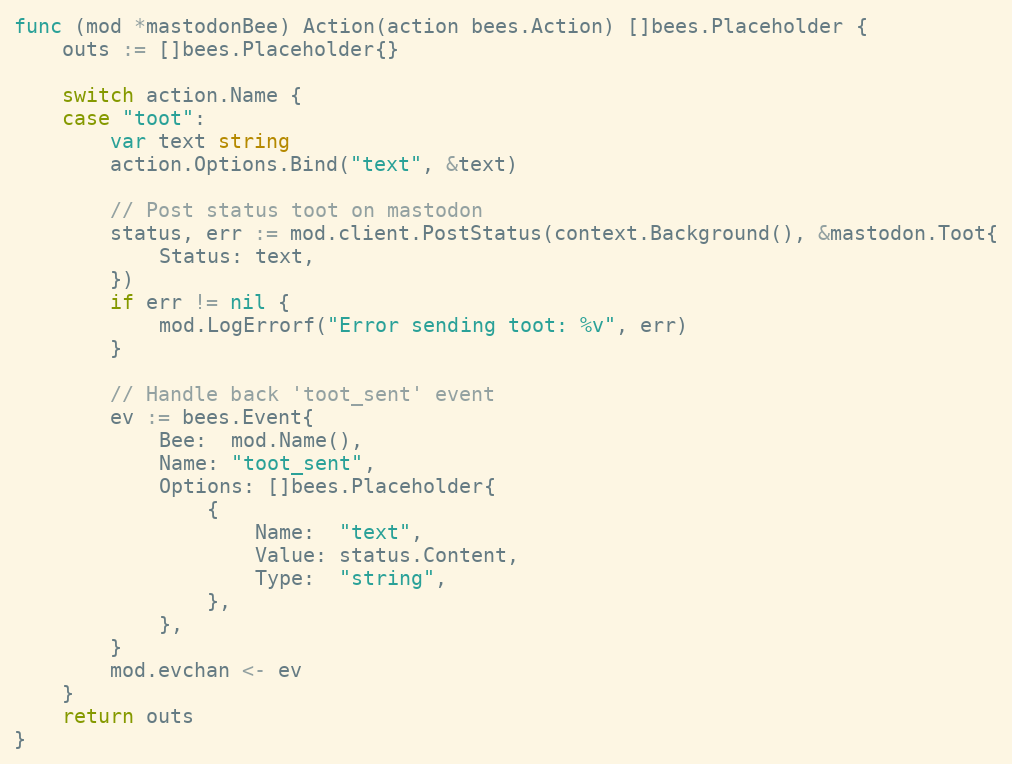
Language: Go
func (mod *mastodonBee) Action(action bees.Action) []bees.Placeholder {
	outs := []bees.Placeholder{}

	switch action.Name {
	case "toot":
		var text string
		action.Options.Bind("text", &text)

		// Post status toot on mastodon
		status, err := mod.client.PostStatus(context.Background(), &mastodon.Toot{
			Status: text,
		})
		if err != nil {
			mod.LogErrorf("Error sending toot: %v", err)
		}

		// Handle back 'toot_sent' event
		ev := bees.Event{
			Bee:  mod.Name(),
			Name: "toot_sent",
			Options: []bees.Placeholder{
				{
					Name:  "text",
					Value: status.Content,
					Type:  "string",
				},
			},
		}
		mod.evchan <- ev
	}
	return outs
}